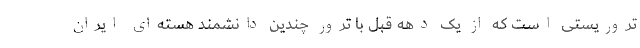
تروریستی است که از یک دهه قبل با ترور چندین دانشمند هسته‌ای ایران